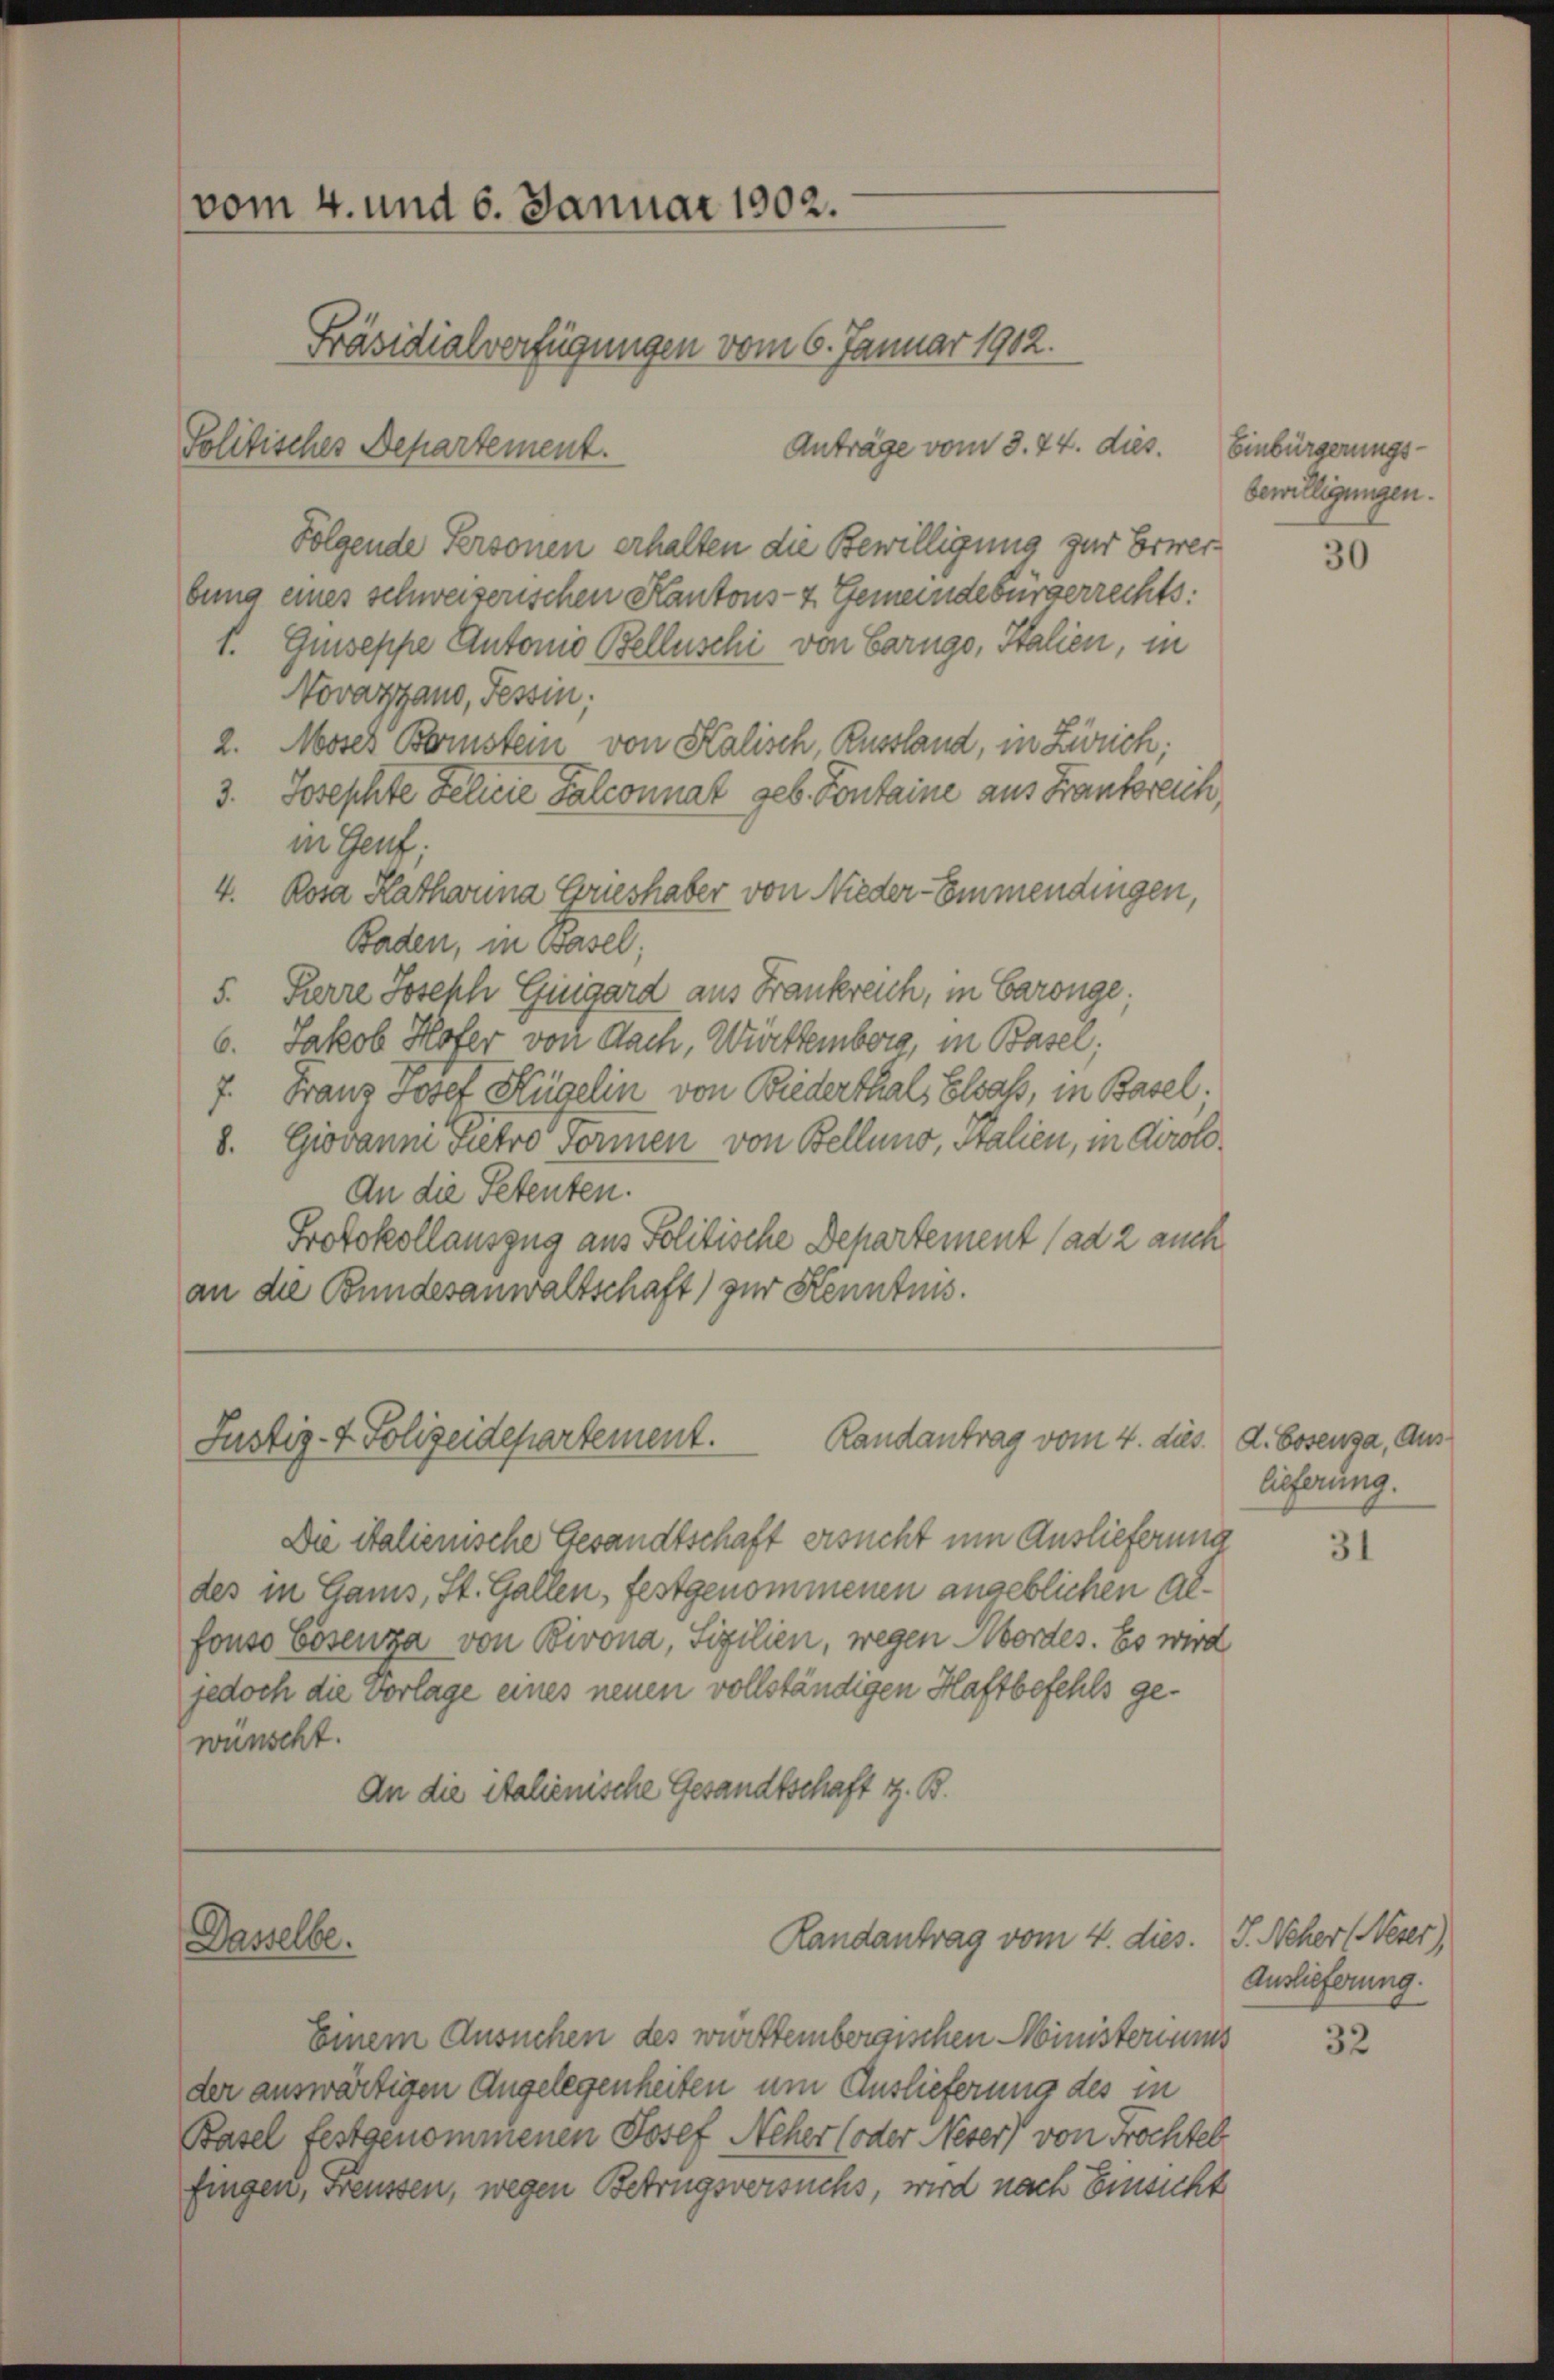
vom 4. und 6. Januar 1902.
Präsidialverfügungen vom 6. Januar 1912.

Anträge vom 8. 24. dies. Einbürgerungs¬
Folgende Personen erhalten die Bewilligung zur Erwerbung eines schweizerischen Kantons- & Gemeindebürgerrechts:
f. Guseppe Antonio Belleschi von Carngo, Italien, in
Novazzauo, Tessin,
2. Moses Bernstein von Salisch, Russland, in Zürich;
3. Josephte Felicie Falconnat geb. Fontaine aus Frankreich,
in Genf;
4. Rosa Kathanna Grieshaber von Nieder-Emmendingen,
Baden, in Basel,
5. Pierre Joseph Guigard aus Frankreich, in Baronge;
6. Jakob Hoter von Nach, Württemberg, in Basel;
7. Franz Josef Hügelin von Biederthals Elsass, in Basel.
8. Giovanni Pietro Formen von Bellung, Stalien, in Airolo¬
An die Petenten.
Protokollauszug aus Politische Departement (ad 2 auch
an die Bundesanwaltschaft) zur Kenntnis.
Randantrag vom 4. dies. d. Bosenza, Aus¬
Justiz- & Polizeidepartement.
Die italienische Gesandtschaft ersucht um Auslieferung
des in Gams, St. Gallen, festgenommenen angeblichen alfouso Cosenza von Bivona, Sizilien, wegen Mordes. Es wird
jedoch die vorlage eines neuen vollständigen Haftbefehls gewünscht.
An die italienische Gesandtschaft z. B.

Politisches Departement.

Dasselbe.

Randantrag vom 4. dies.

Einem Ansuchen des württembergischen Ministeriums
der auswärtigen Angelegenheiten um Auslieferung des in
Basel festgenommenen Josef Neher (oder Neser, von Frochtel
fingen, Freussen, wegen Betrugsversuchs, wird nach Einsicht

bewilligungen.

30

lieferung.

31

J. Neher (Neuer),
Auslieferung.

32